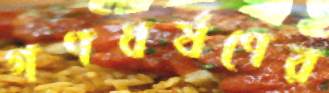
গণধর্ষণের